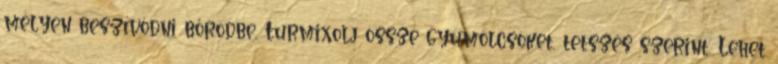
mélyen beszívódni bőrödbe. Turmixolj össze gyümölcsöket, tetszés szerint. Lehet